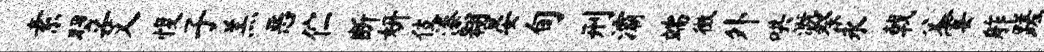
素翌艾愎子羔恶伫断妍伎漆翱晏旬刑灞端徵外哄溉祭永戟父霎舴蹉